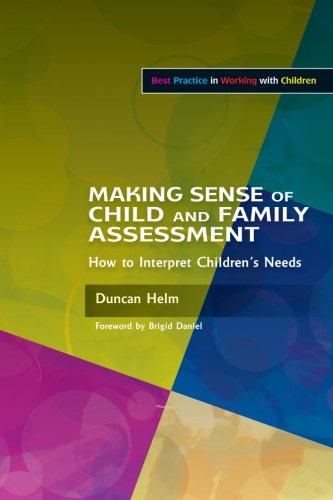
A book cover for Making Sense of Child and Family Assessment: How to Interpret Children's Needs (Best Practice in Working with Children); Duncan Helm; Medical Books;